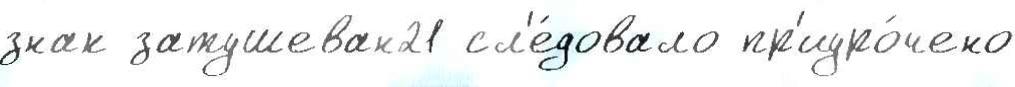
знак затушеван21 сл'е́довало пр'иуро́чено